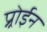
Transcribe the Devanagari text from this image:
प्र्रोईन